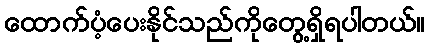
ထောက်ပံ့ပေးနိုင်သည်ကိုတွေ့ရှိရပါတယ်။